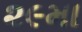
૨૯મા